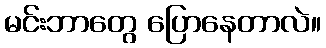
မင်းဘာတွေ ပြောနေတာလဲ။